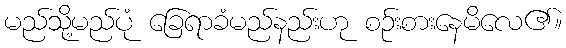
မည်သို့မည်ပုံ ခြေရာခံမည်နည်းဟု စဉ်းစားနေမိလေ၏။